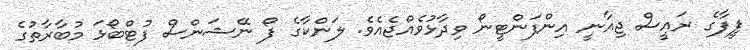
ފީފާގެ ރައީސް ޖިއާނީ އިންފަންޓީނޯ ވިދާޅުވެއްޖެއެވެ. ލަންކާގެ ފޯ ނޭޝަންސް ފުޓްބޯޅަ މުބާރާތުގެ